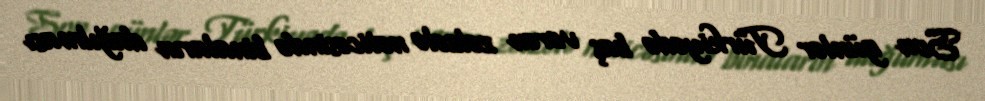
Son günlər Türkiyədə baş verən zəlzələ nəticəsində binaların dağılması